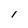
Character: l